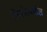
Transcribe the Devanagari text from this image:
किशोरमधील